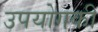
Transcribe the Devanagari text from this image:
उपयोगकी